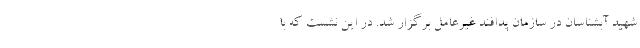
شهید آبشناسان در سازمان پدافند غیرعامل برگزار شد. در این نشست که با